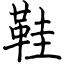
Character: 鞋